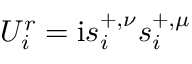
U _ { i } ^ { r } = \mathrm { i } s _ { i } ^ { + , \nu } s _ { i } ^ { + , \mu }